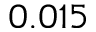
0 . 0 1 5